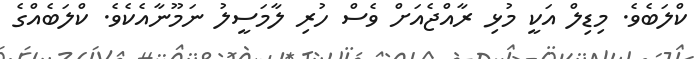
ކްލަބެވެ. މިޑިލް އަކީ މުޅި ރާއްޖެއަށް ވެސް ހުރި ލާމަސީލު ނަމޫނާއެކެވެ. ކްލަބެއްގެ